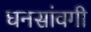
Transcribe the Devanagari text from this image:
घनसांवगी